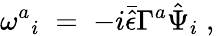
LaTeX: \omega^{a}{}_{i}\; =\; -i\bar{\hat{\epsilon}}\Gamma^{a}\hat{\Psi}_{i}\; ,\;